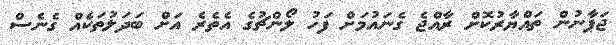
ޖަޕާނުން ތައްޔާރުކޮށް ރާއްޖެ ގެނައުމަށް ފަހު ލޯންޗުގެ އެތެރެ އަށް ބަދަލުތަކެއް ގެނެސް